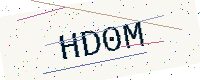
Text: HD0M